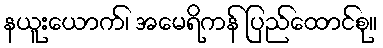
နယူးယောက်၊ အမေရိကန် ပြည်ထောင်စု။